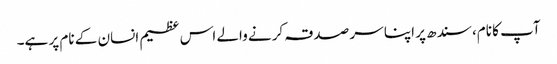
آپ کا نام، سندھ پر اپنا سر صدقہ کرنے والے اس عظیم انسان کے نام پر ہے۔